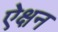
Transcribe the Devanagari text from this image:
ऐक्षन